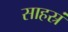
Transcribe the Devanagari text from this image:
साहस्रं